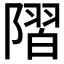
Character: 𨻸